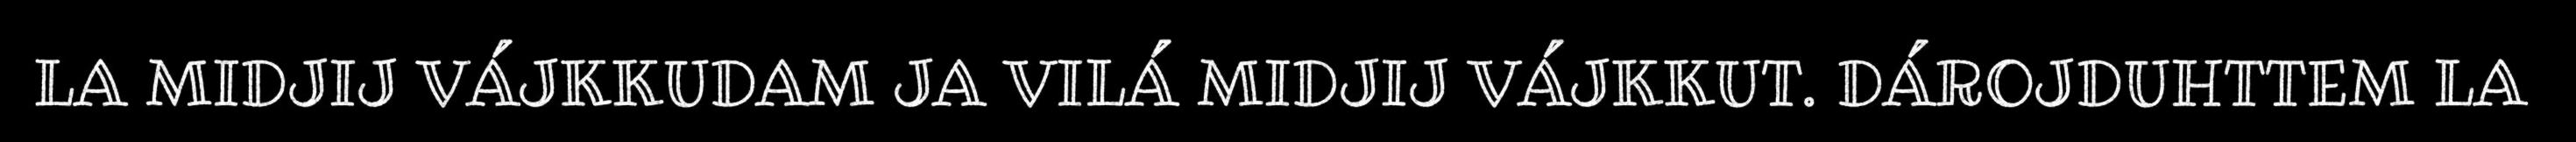
LA MIDJIJ VÁJKKUDAM JA VILÁ MIDJIJ VÁJKKUT. DÁROJDUHTTEM LA